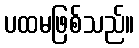
ပထမဖြစ်သည်။